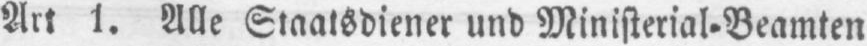
Art 1. Alle Staatsdiener und Ministerial⸗Beamten